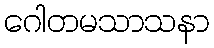
ဂေါတမသာသနာ